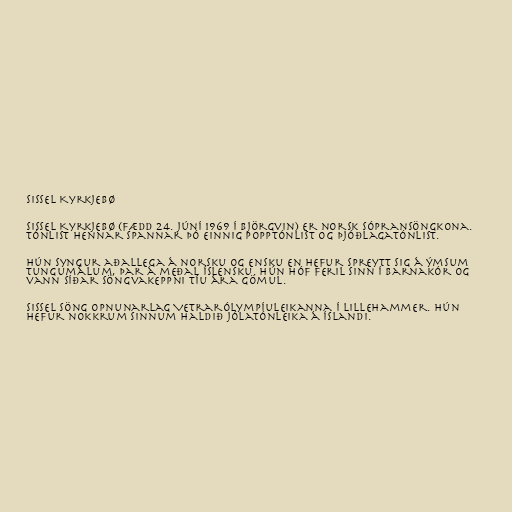
Sissel Kyrkjebø

Sissel Kyrkjebø (fædd 24. júní 1969 í Björgvin) er norsk sópransöngkona.
Tónlist hennar spannar þó einnig popptónlist og þjóðlagatónlist.

Hún syngur aðallega á norsku og ensku en hefur spreytt sig á ýmsum
tungumálum, þar á meðal íslensku. Hún hóf feril sinn í barnakór og
vann síðar söngvakeppni tíu ára gömul.

Sissel söng opnunarlag Vetrarólympíuleikanna í Lillehammer. Hún
hefur nokkrum sinnum haldið jólatónleika á Íslandi.